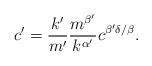
LaTeX: \begin{align*}c' = \frac{k'}{m'}\frac{m^{\beta'}}{k^{\alpha'}}c^{\beta'\delta/\beta}.\end{align*}